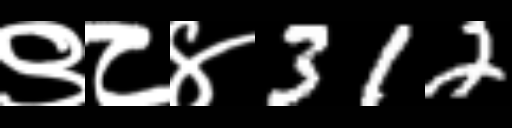
Text: ९८४312